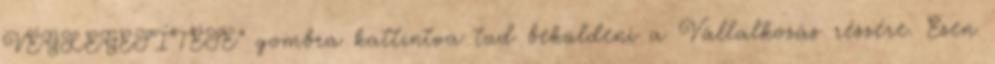
VÉGLEGESÍTÉSE” gombra kattintva tud beküldeni a Vállalkozás részére. Ezen